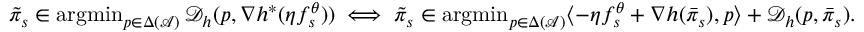
\begin{array} { r } { \tilde { \pi } _ { s } \in \mathop { \mathrm { a r g m i n } } _ { p \in \Delta ( \mathcal { A } ) } \mathcal { D } _ { h } ( p , \nabla h ^ { * } ( \eta f _ { s } ^ { \theta } ) ) \; \Longleftrightarrow \; \tilde { \pi } _ { s } \in \mathop { \mathrm { a r g m i n } } _ { p \in \Delta ( \mathcal { A } ) } \langle - \eta f _ { s } ^ { \theta } + \nabla h ( \bar { \pi } _ { s } ) , p \rangle + \mathcal { D } _ { h } ( p , \bar { \pi } _ { s } ) . } \end{array}